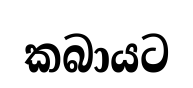
කබායට